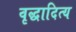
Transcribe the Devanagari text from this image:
वृद्धादित्य